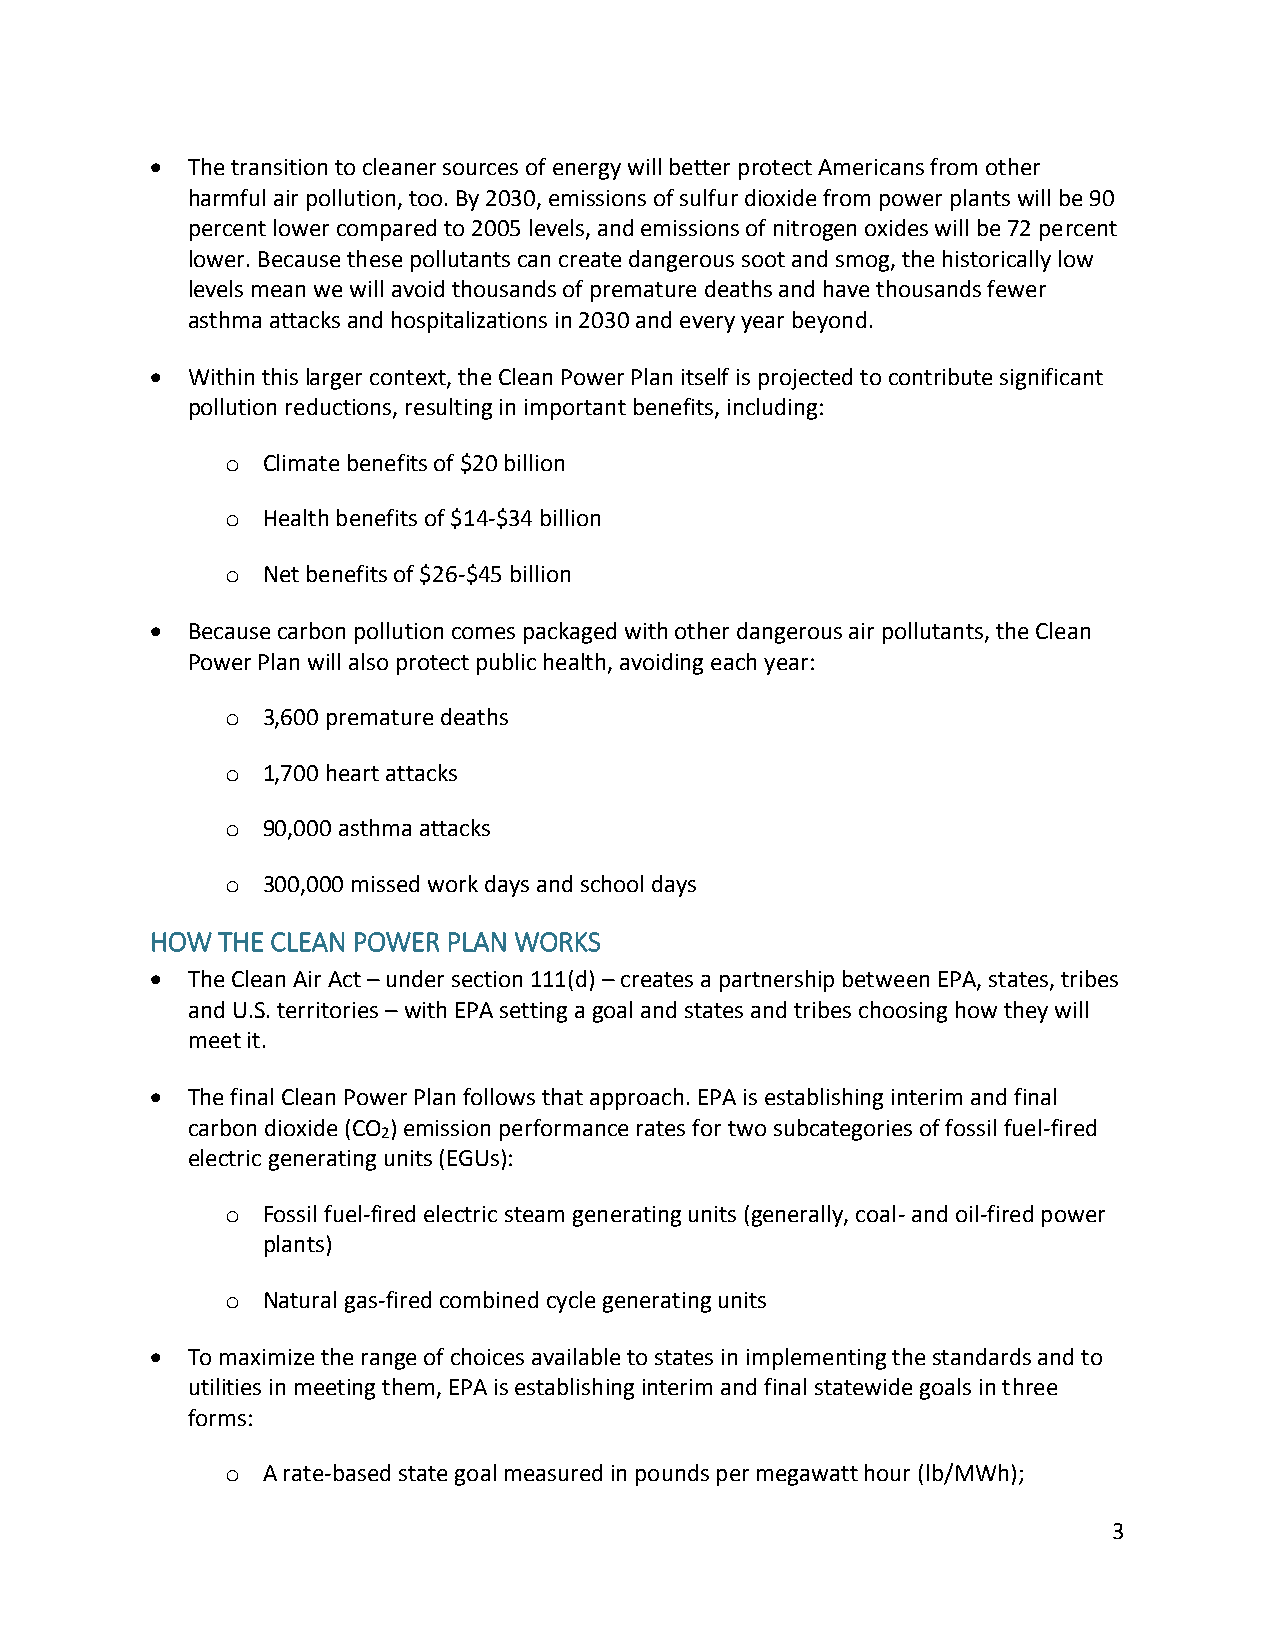
 The transition to cleaner sources of energy will better protect Americans from other
 harmful air pollution, too. By 2030, emissions of sulfur dioxide from power plants will be 90
 percent lower compared to 2005 levels, and emissions of nitrogen oxides will be 72 percent
 lower. Because these pollutants can create dangerous soot and smog, the historically low
 levels mean we will avoid thousands of premature deaths and have thousands fewer
 asthma attacks and hospitalizations in 2030 and every year beyond.
  Within this larger context, the Clean Power Plan itself is projected to contribute significant
 pollution reductions, resulting in important benefits, including:
 o Climate benefits of $20 billion
 o Health benefits of $14-$34 billion
 o Net benefits of $26-$45 billion
  Because carbon pollution comes packaged with other dangerous air pollutants, the Clean
 Power Plan will also protect public health, avoiding each year:
 o 3,600 premature deaths
 o 1,700 heart attacks
 o 90,000 asthma attacks
 o 300,000 missed work days and school days
 HOW THE CLEAN POWER PLAN WORKS
  The Clean Air Act – under section 111(d) – creates a partnership between EPA, states, tribes
 and U.S. territories – with EPA setting a goal and states and tribes choosing how they will
 meet it.
  The final Clean Power Plan follows that approach. EPA is establishing interim and final
 carbon dioxide (CO ) emission performance rates for two subcategories of fossil fuel-fired
 2
 electric generating units (EGUs):
 o Fossil fuel-fired electric steam generating units (generally, coal- and oil-fired power
 plants)
 o Natural gas-fired combined cycle generating units
  To maximize the range of choices available to states in implementing the standards and to
 utilities in meeting them, EPA is establishing interim and final statewide goals in three
 forms:
 o A rate-based state goal measured in pounds per megawatt hour (lb/MWh);
 3